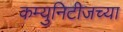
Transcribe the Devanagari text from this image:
कम्युनिटीजच्या